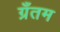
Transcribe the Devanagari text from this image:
ग्रँतम